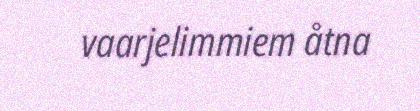
vaarjelimmiem åtna